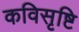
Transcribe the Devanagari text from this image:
कविसृष्टि